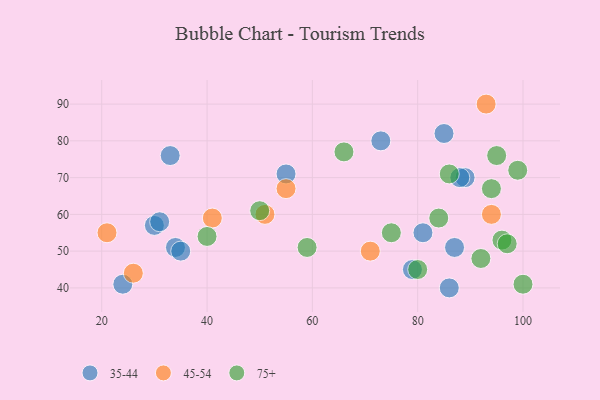
{"axis": {"x": "GDP", "y": "Life Expectancy"}, "legend": ["35-44", "45-54", "75+"], "data": [{"x": "89", "y": 70, "type": "35-44"}, {"x": "88", "y": 70, "type": "35-44"}, {"x": "87", "y": 51, "type": "35-44"}, {"x": "30", "y": 57, "type": "35-44"}, {"x": "81", "y": 55, "type": "35-44"}, {"x": "31", "y": 58, "type": "35-44"}, {"x": "34", "y": 51, "type": "35-44"}, {"x": "85", "y": 82, "type": "35-44"}, {"x": "35", "y": 50, "type": "35-44"}, {"x": "33", "y": 76, "type": "35-44"}, {"x": "55", "y": 71, "type": "35-44"}, {"x": "79", "y": 45, "type": "35-44"}, {"x": "73", "y": 80, "type": "35-44"}, {"x": "86", "y": 40, "type": "35-44"}, {"x": "24", "y": 41, "type": "35-44"}, {"x": "93", "y": 90, "type": "45-54"}, {"x": "55", "y": 67, "type": "45-54"}, {"x": "21", "y": 55, "type": "45-54"}, {"x": "94", "y": 60, "type": "45-54"}, {"x": "71", "y": 50, "type": "45-54"}, {"x": "51", "y": 60, "type": "45-54"}, {"x": "26", "y": 44, "type": "45-54"}, {"x": "41", "y": 59, "type": "45-54"}, {"x": "86", "y": 71, "type": "75+"}, {"x": "92", "y": 48, "type": "75+"}, {"x": "94", "y": 67, "type": "75+"}, {"x": "40", "y": 54, "type": "75+"}, {"x": "75", "y": 55, "type": "75+"}, {"x": "84", "y": 59, "type": "75+"}, {"x": "96", "y": 53, "type": "75+"}, {"x": "100", "y": 41, "type": "75+"}, {"x": "99", "y": 72, "type": "75+"}, {"x": "80", "y": 45, "type": "75+"}, {"x": "66", "y": 77, "type": "75+"}, {"x": "95", "y": 76, "type": "75+"}, {"x": "50", "y": 61, "type": "75+"}, {"x": "97", "y": 52, "type": "75+"}, {"x": "59", "y": 51, "type": "75+"}]}